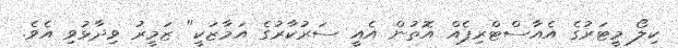
ކިލޯ މީޓަރުގެ އެއާސްޓްރިޕެއް އޮތުން އެއީ ސަރުކާރުގެ އަމާޒަކީ" ޒަމީރު ވިދާޅުވި އެވެ.